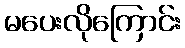
မပေးလိုကြောင်း